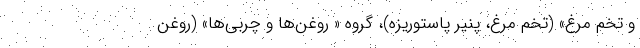
و تخم مرغ» (تخم مرغ، پنیر پاستوریزه)، گروه « روغن‌ها و چربی‌ها» (روغن